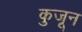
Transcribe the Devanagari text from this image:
कुजून